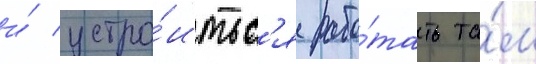
и́ устро́итьс'я рабо́тать та́м